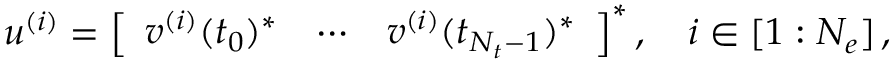
\begin{array} { r } { \boldsymbol { u } ^ { ( i ) } = \left[ \begin{array} { l l l } { \boldsymbol { v } ^ { ( i ) } ( t _ { 0 } ) ^ { * } } & { \cdots } & { \boldsymbol { v } ^ { ( i ) } ( t _ { N _ { t } - 1 } ) ^ { * } } \end{array} \right] ^ { * } , \quad i \in [ 1 : N _ { e } ] \, , } \end{array}